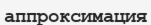
аппроксимация